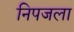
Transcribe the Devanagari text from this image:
निपजला